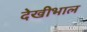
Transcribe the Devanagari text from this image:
देखीभाल